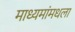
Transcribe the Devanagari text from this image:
माध्यमांमधला